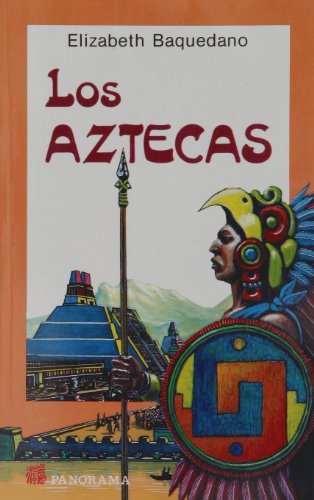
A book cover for Los aztecas / the Aztecs: Historia, Arte, Arqueologia Y Religion (Spanish Edition); Baquedano Elizabeth; Children's Books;